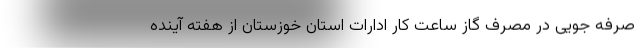
صرفه جویی در مصرف گاز ساعت کار ادارات استان خوزستان از هفته آینده